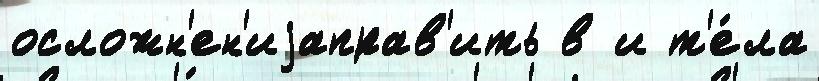
осложн'ен'иjаправ'ить в и т'е́ла